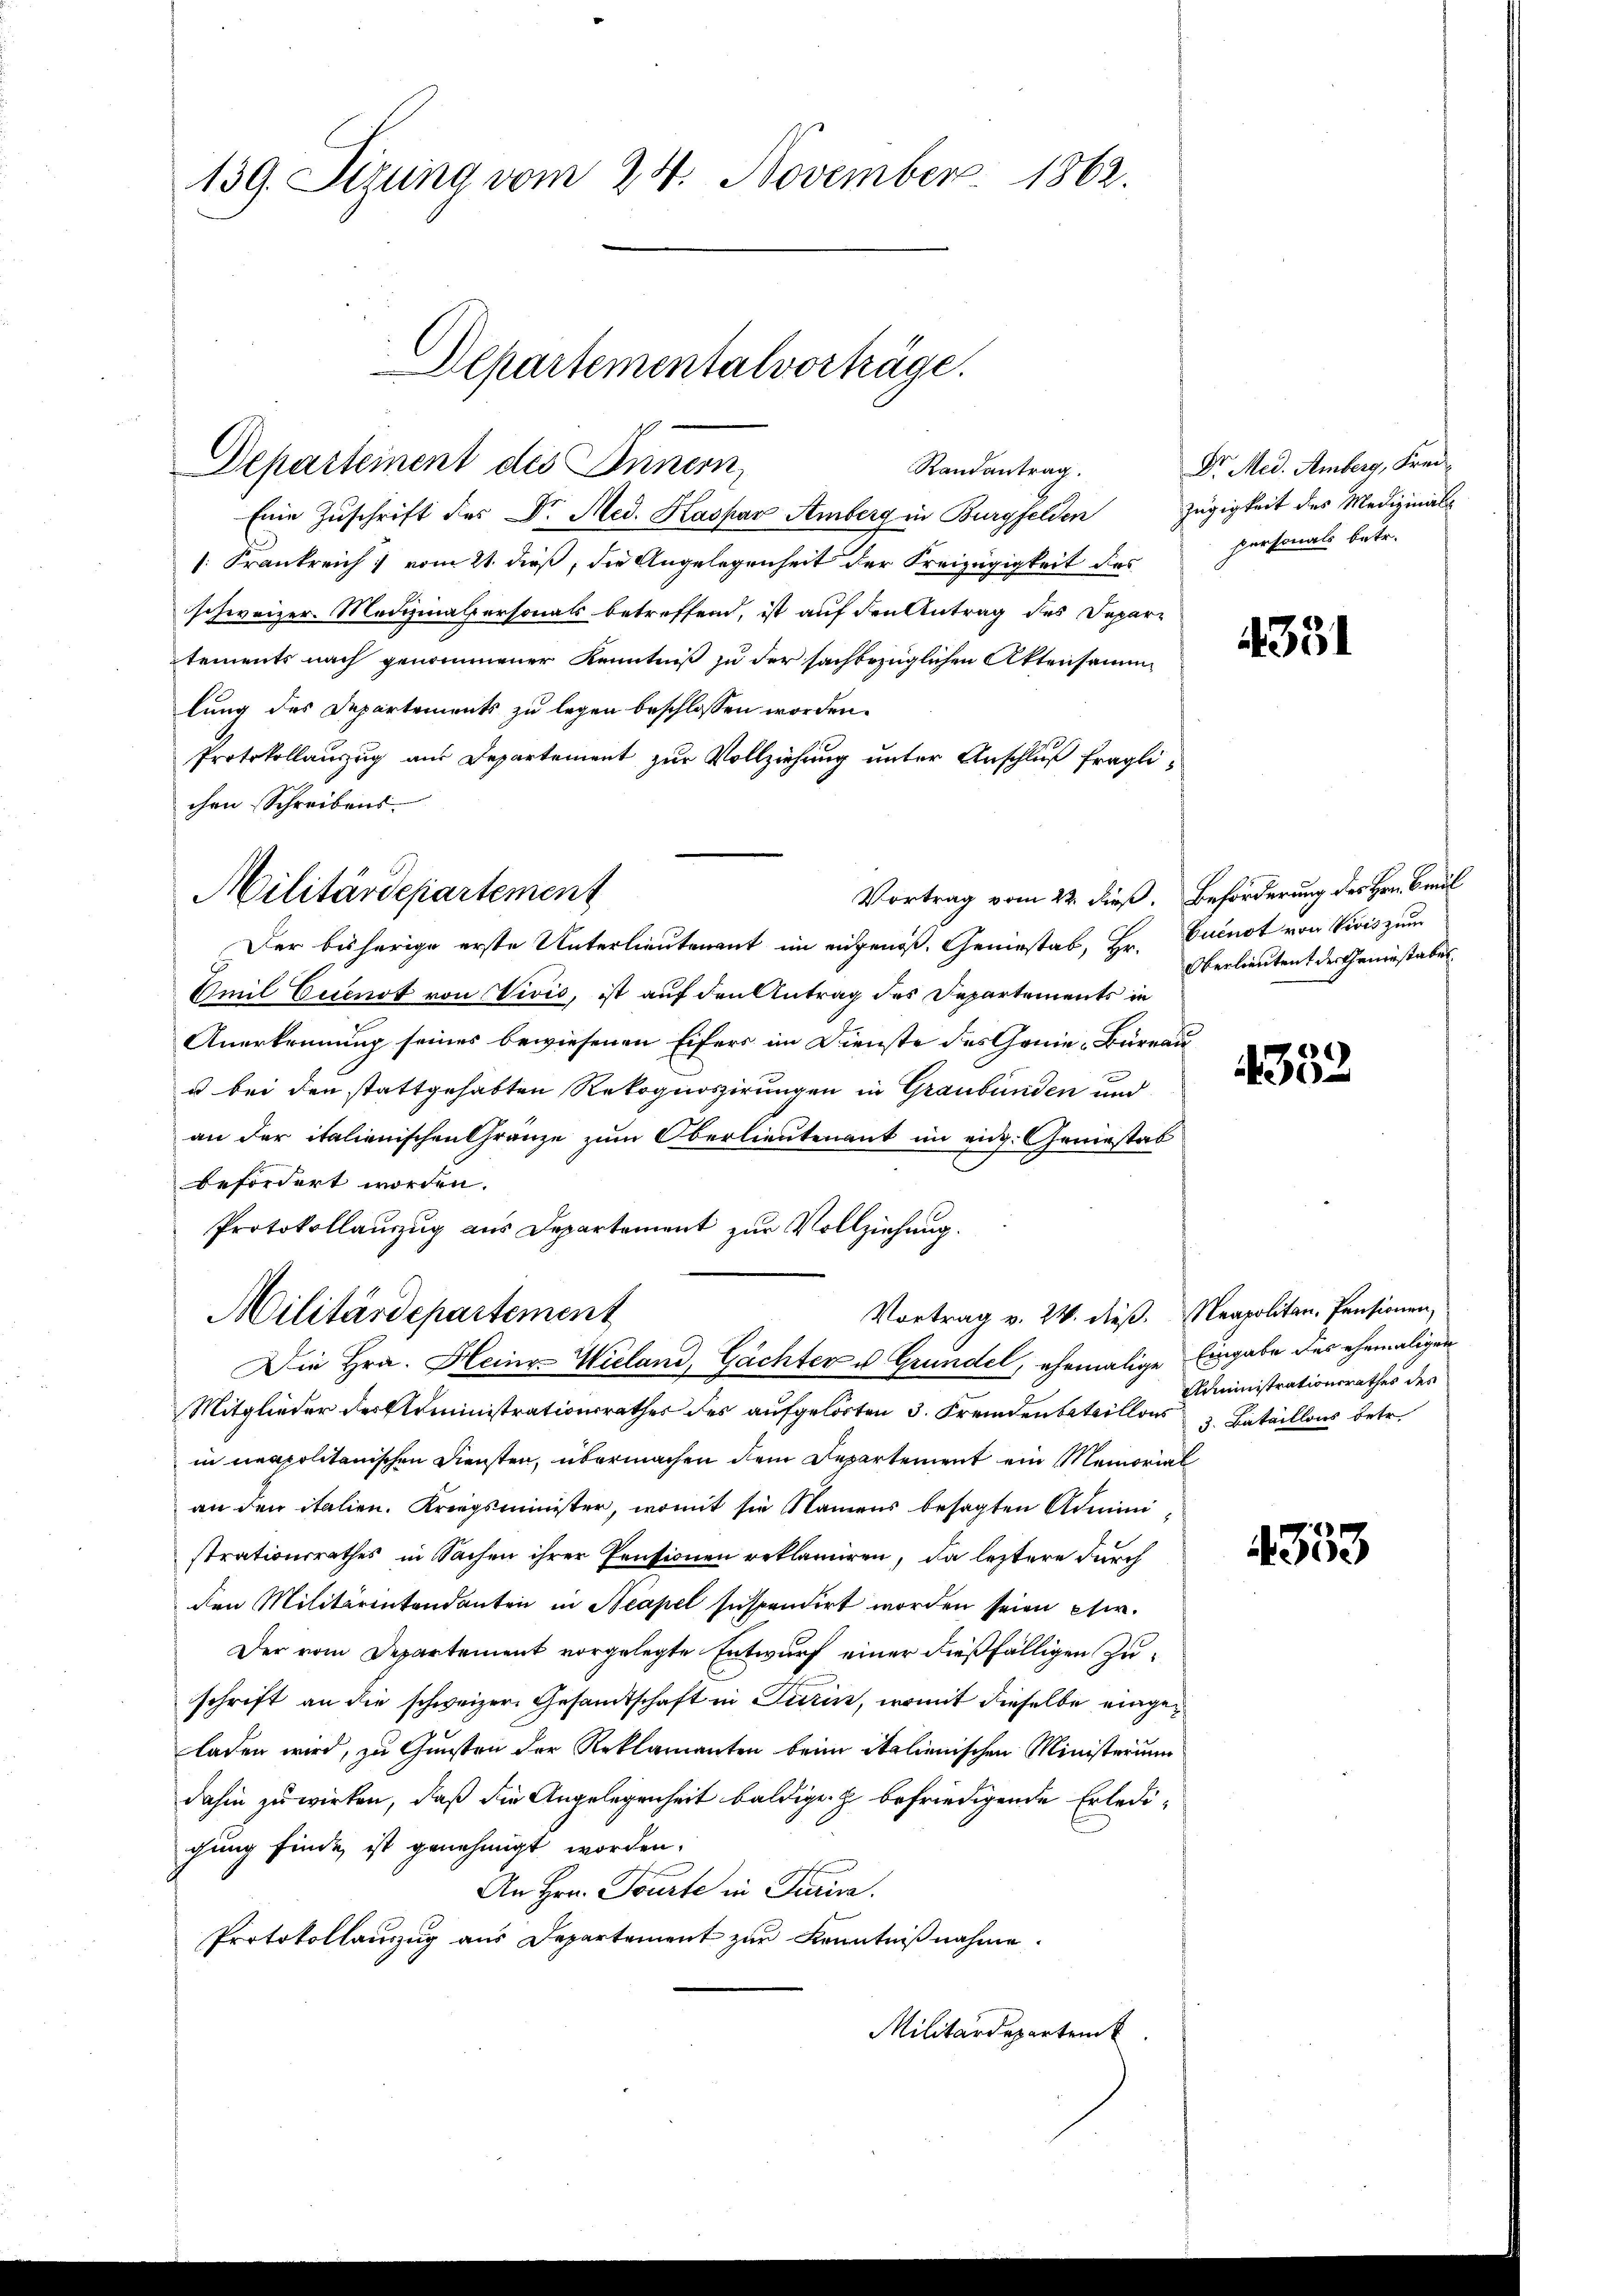
139. Sizung vom 24. November 1862.

Departementalvorträge.
Departement des Innern,
Randantrag.

Eine Zuschrift des Dr. Med. Kaspar Amberg in Burgfelden Zügigkeit des Medizinal-
: Frankreich vom 21. dieß, die Angelegenheit der Freizügigkeit des
schweizer. Medizinalpersonals betreffend, ist auf den Antrag des Depar-
tements nach genommener Kenntniß zu der sachbezüglichen Aktensammlung des Departements zu legen beschlossen worden.
Protokollanzug aus Departement zur Vollziehung unter Anschluß fraglichen Schreibens.
Der bisherige erste Unterlieutenant im eingenoß. Geniestab, Hr. Cucnot von Vivis zum
Amil Eisenot von Vivis, ist auf den Antrag des Departements in
Anerkennung seines bewiesenen Eifers im Dienste des Genie-Büreau
u bei den stattgehabten Rekognoszirungen in Graubünden und
an der italienischen Gränze zum Oberlieutenant im eidg. Geniestab
befördert worden.
Protokollauszug aus Departement zur Vollziehung.
Vortrag v. 24. dieß. Neapolitan-Pensionen,
Militärdepartement
Die Hrn. Heinz-Wieland, Gächter u Grundel, ehemalige Eingabe des ehemaligen
Mitglieder der Administrationsrathes des aufgelörten 3. Fremden beteillons Bataillons betr.
in unapolitanischen Diensten, übermachen dem Departement ein Memorial
an den italien. Kriegsminister, womit sie Namens besagten Administrationsrathes in Sachen ihrer Pensionen reklamiren, da leztere durch
den Militärentendanten in Neapel suspendirt worden seien pfer.
Der vom Departement vorgelegte Entwurf einer dießfälligen Zuschrift an die schweizer Gesandtschaft in Turin, womit dieselbe eingeladen wird, zu Gunsten der Reklamanten beim italienischen Ministerium
dahin zu wirken, daß die Angelegenheit baldige befriedigende Erledigung finde ist genehmigt worden.
An Hrn. Tourte in Turin.
Protokollauszug aus Departement zur Kenntnißnahme.
Militärdepartenk

Militärdepartement

Dr. Med. Amberg, Freipersonals betr.

4331

Vortrag vom 22. dieß. Beförderung des Hrn. Paul
Oberlieutent der Geniestabel.

4352

Administrationsrathes des

353